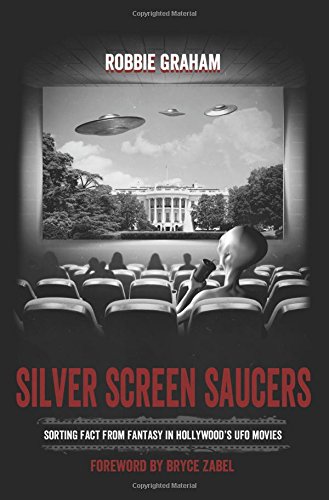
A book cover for Silver Screen Saucers: Sorting Fact from Fantasy in Hollywood's UFO Movies; Robbie Graham; Humor & Entertainment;